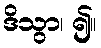
ဒိသွာ၊ ၍။